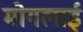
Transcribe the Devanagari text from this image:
मोगलार्इ